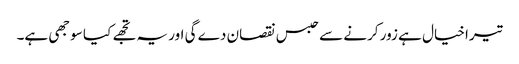
تیرا خیال ہے زور کرنے سے حبس نقصان دے گی اور یہ تجھے کیا سوجھی ہے۔